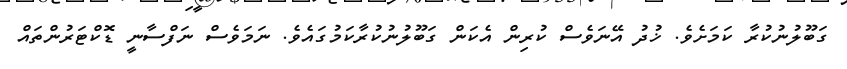
ގަބޫލުނުކުރާ ކަމަށެވެ. ޚުދު އޭނަވެސް ކުރިން އެކަން ގަބޫލުނުކުރާކަމުގައެވެ. ނަމަވެސް ނަފްސާނީ ޑޮކްޓަރުންތައް